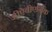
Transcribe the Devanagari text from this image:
जीऐबीएर्गिक